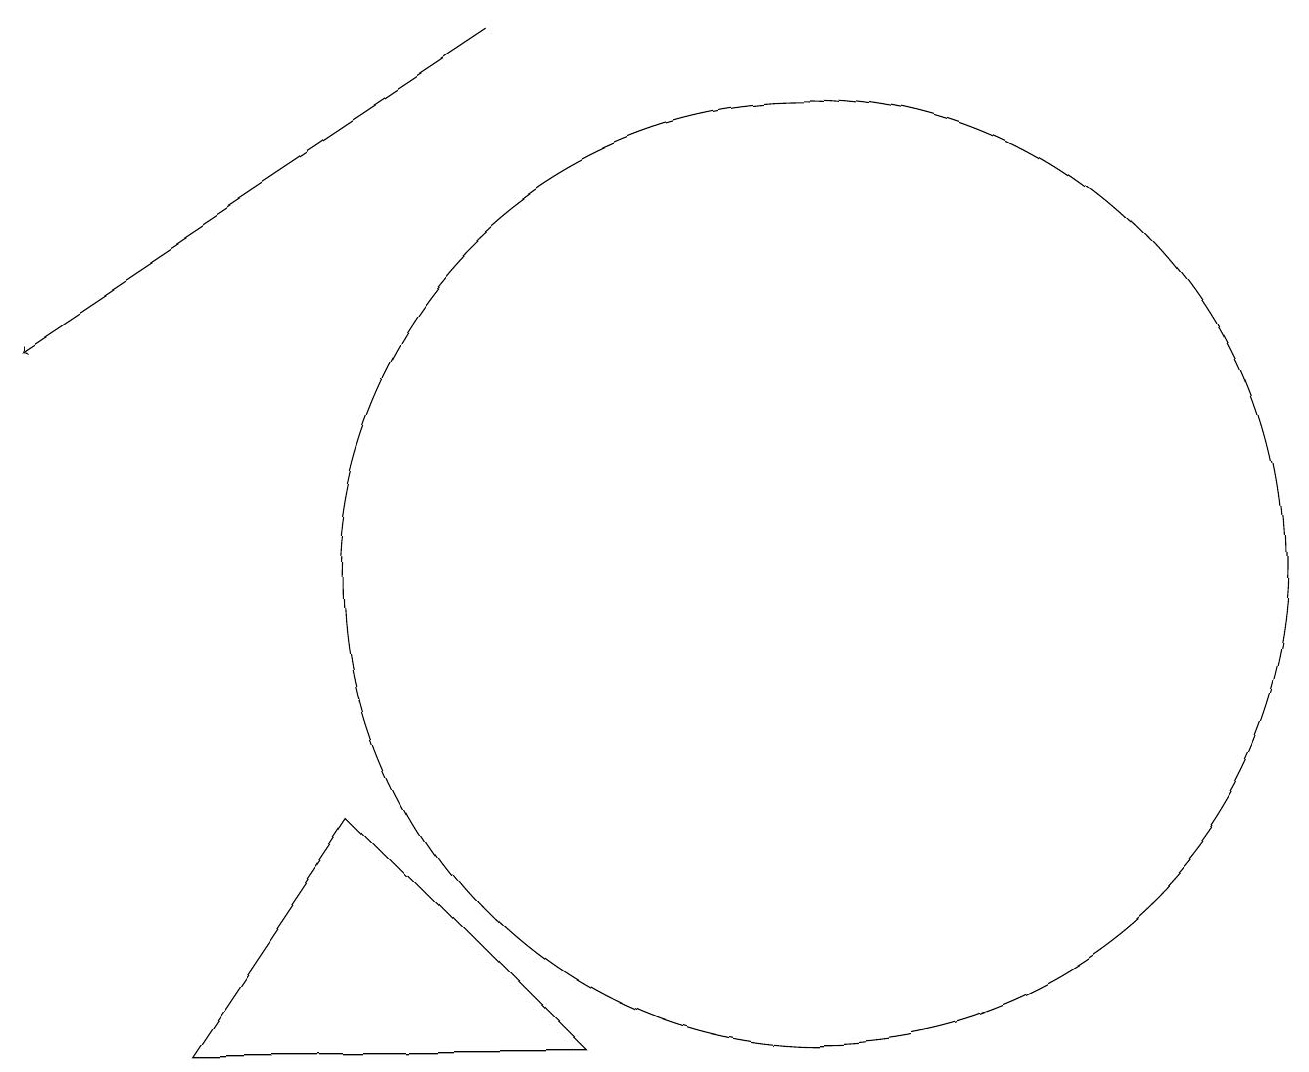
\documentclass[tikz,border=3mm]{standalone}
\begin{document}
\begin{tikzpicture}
\draw (9,4) -- (6,7) -- (4,4) -- cycle;
\draw (12,10) circle (6);
\draw[->] (8,17) -- (2,13);
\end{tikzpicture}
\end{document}